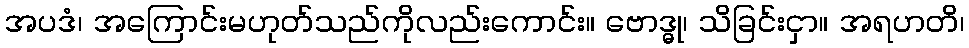
အပဒံ၊ အကြောင်းမဟုတ်သည်ကိုလည်းကောင်း။ ဗောဒ္ဓု၊ သိခြင်းငှာ။ အရဟတိ၊